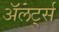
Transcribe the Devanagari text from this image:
अॅलर्ट्स